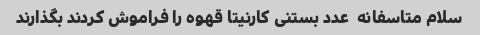
سلام متاسفانه  عدد بستنی کارنیتا قهوه را فراموش کردند بگذارند